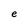
Character: e